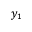
y _ { 1 }